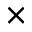
\times